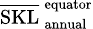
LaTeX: \scriptstyle\overline{{\mathrm{SKL}}}_{\, \mathrm{annual}}^{\, \mathrm{equator}}